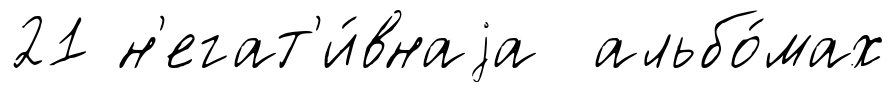
21 н'егат'и́внаjа альбо́мах